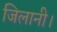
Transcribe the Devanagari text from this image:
जिलानी।